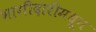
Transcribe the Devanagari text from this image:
भागीदारीमधून